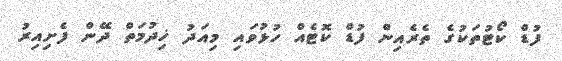
ފުޑް ކޯޓުތަކުގެ ތެރެއިން ފުޑް ކޮޓެއް ހުޅުވައި މިއަދު ޚިދުމަތް ދޭން ފެށިއިރު